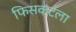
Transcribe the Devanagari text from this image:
फिसकटला